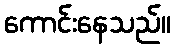
ကောင်းနေသည်။